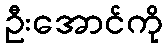
ဦးအောင်ကို